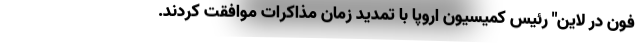
فون در لاین" رئیس کمیسیون اروپا با تمدید زمان مذاکرات موافقت کردند.